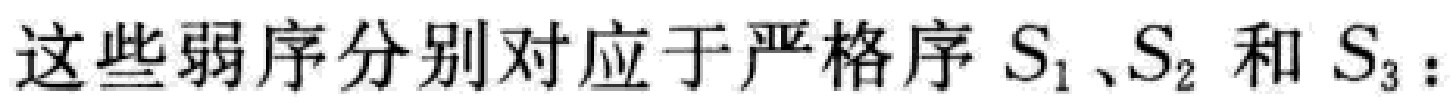
这些弱序分别对应于严格序 \(S_1\)、\(S_2\) 和 \(S_3\)：